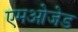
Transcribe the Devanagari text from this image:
एमओजेड